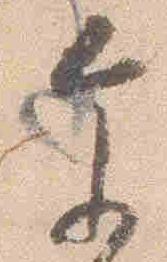
参